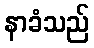
နာခံသည်